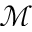
\mathcal { M }